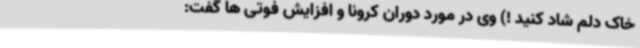
خاک دلم شاد کنید !) وی در مورد دوران کرونا و افزایش فوتی ها گفت: